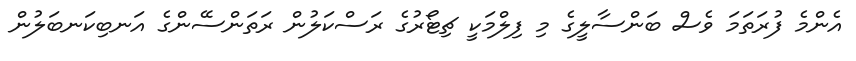
އެންމެ ފުރަތަމަ ވެސް ބަންސާލީގެ މި ފިލްމަކީ ޗިޓޯރުގެ ރަސްކަލުން ރަތަންސޭންގެ އަނބިކަނބަލުން